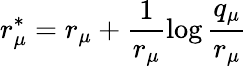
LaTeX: r_{\mu}^{\ast}=r_{\mu}+\frac{1}{r_{\mu}}\log\frac{q_{\mu}}{r_{\mu}}